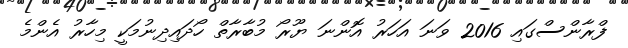
ފްރާންސްގައި 2016 ވަނަ އަހަރު އޮންނަ ޔޫރޯ މުބާރާތް ހޯދައިދިނުމަކީ މިހާރު އެންމެ